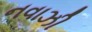
નવાઝી